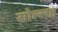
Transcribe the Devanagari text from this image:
सोल्लह